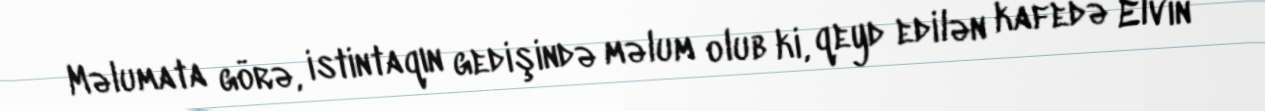
Məlumata görə, istintaqın gedişində məlum olub ki, qeyd edilən kafedə Elvin